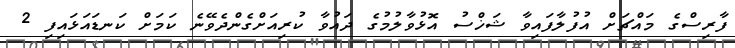
ފާރިސްގެ މައްޗަށް އުފުލާފައިވާ ޝަޚްސު އޮޅުވާލުމުގެ ދައުވާ ކުރިއަށްގެންދެވޭނެ ކަމަށް ކަނޑައަޅައިފި 2